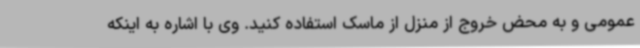
عمومی و به محض خروج از منزل از ماسک استفاده کنید. وی با اشاره به اینکه